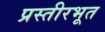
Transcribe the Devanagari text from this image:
प्रस्तीरभूत